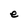
Character: e